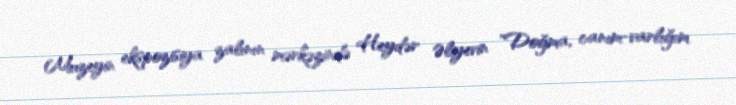
Muzeyin ekspozisiya zalının mərkəzində Heydər Əliyevin "Doğma, canım-varlığım